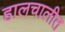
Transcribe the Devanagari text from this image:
हालचालीत